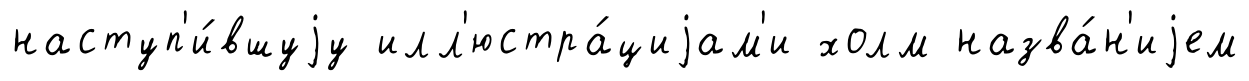
наступ'и́вшуjу илл'юстра́циjам'и холм назва́н'иjем